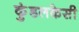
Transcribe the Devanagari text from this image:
कुंडलकेसी